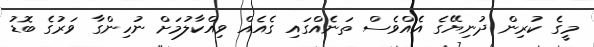
މީގެ ކުރިން ދުނިޔޭގެ އެއްވެސް ތަނެއްގައި ގެއެއް ވިއްކާލުމަށް ނުހިންގާ ވަރުގެ ބޮޑު